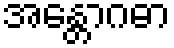
အန္တောဂဓာ